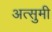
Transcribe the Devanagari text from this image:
अत्सुमी